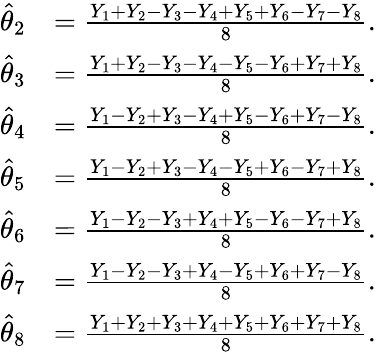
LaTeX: {\begin{array}{rl}{{\widehat{\theta}}_{2}}&{={\frac{Y_{1}+Y_{2}-Y_{3}-Y_{4}+Y_{5}+Y_{6}-Y_{7}-Y_{8}}{8}}.}\\ {{\widehat{\theta}}_{3}}&{={\frac{Y_{1}+Y_{2}-Y_{3}-Y_{4}-Y_{5}-Y_{6}+Y_{7}+Y_{8}}{8}}.}\\ {{\widehat{\theta}}_{4}}&{={\frac{Y_{1}-Y_{2}+Y_{3}-Y_{4}+Y_{5}-Y_{6}+Y_{7}-Y_{8}}{8}}.}\\ {{\widehat{\theta}}_{5}}&{={\frac{Y_{1}-Y_{2}+Y_{3}-Y_{4}-Y_{5}+Y_{6}-Y_{7}+Y_{8}}{8}}.}\\ {{\widehat{\theta}}_{6}}&{={\frac{Y_{1}-Y_{2}-Y_{3}+Y_{4}+Y_{5}-Y_{6}-Y_{7}+Y_{8}}{8}}.}\\ {{\widehat{\theta}}_{7}}&{={\frac{Y_{1}-Y_{2}-Y_{3}+Y_{4}-Y_{5}+Y_{6}+Y_{7}-Y_{8}}{8}}.}\\ {{\widehat{\theta}}_{8}}&{={\frac{Y_{1}+Y_{2}+Y_{3}+Y_{4}+Y_{5}+Y_{6}+Y_{7}+Y_{8}}{8}}.}\end{array}}